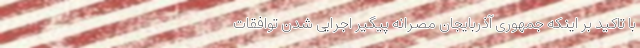
با تاکید بر اینکه جمهوری آذربایجان مصرانه پیگیر اجرایی شدن توافقات